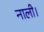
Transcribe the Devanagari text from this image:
नाली।